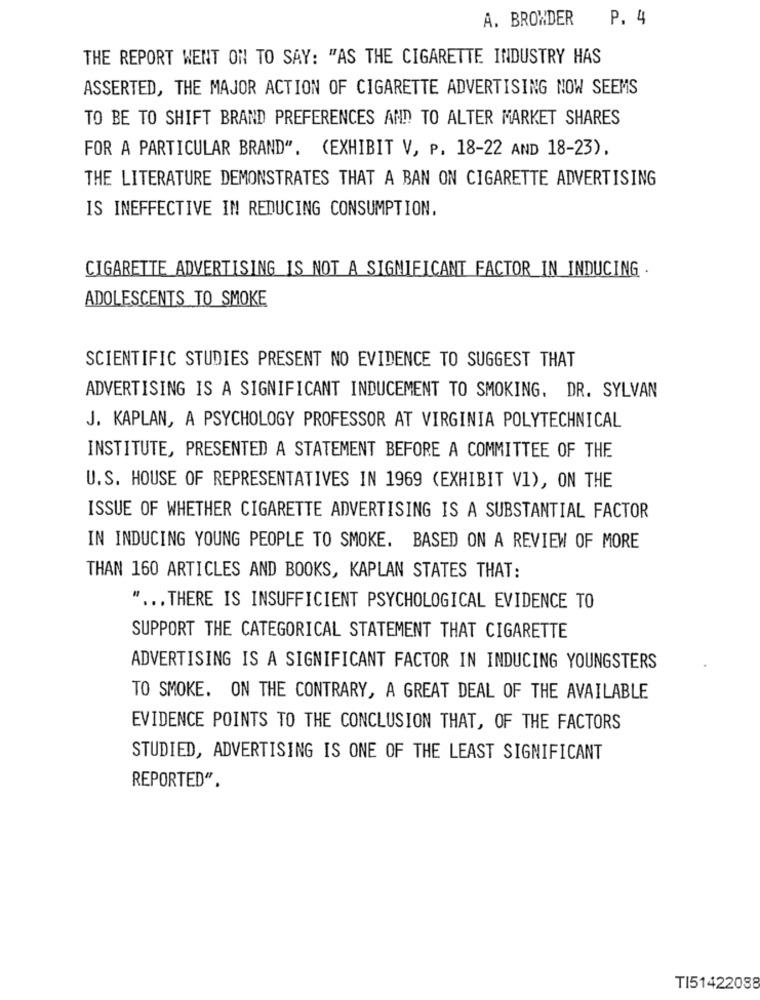
A. BROWDER
P. 4
THE REPORT WENT ON TO SAY: "AS THE CIGARETTE INDUSTRY HAS
ASSERTED, THE MAJOR ACTION OF CIGARETTE ADVERTISING NOW SEEMS
TO BE TO SHIFT BRAND PREFERENCES AND TO ALTER MARKET SHARES
FOR A PARTICULAR BRAND". (EXHIBIT V, P. 18-22 AND 18-23),
THE LITERATURE DEMONSTRATES THAT A BAN ON CIGARETTE ADVERTISING
IS INEFFECTIVE IN REDUCING CONSUMPTION.
CIGARETTE ADVERTISING IS NOT A SIGNIFICANT FACTOR IN INDUCING .
ADOLESCENTS TO SMOKE
SCIENTIFIC STUDIES PRESENT NO EVIDENCE TO SUGGEST THAT
ADVERTISING IS A SIGNIFICANT INDUCEMENT TO SMOKING. DR. SYLVAN
J. KAPLAN, A PSYCHOLOGY PROFESSOR AT VIRGINIA POLYTECHNICAL
INSTITUTE, PRESENTED A STATEMENT BEFORE A COMMITTEE OF THE
U.S. HOUSE OF REPRESENTATIVES IN 1969 (EXHIBIT VI), ON THE
ISSUE OF WHETHER CIGARETTE ADVERTISING IS A SUBSTANTIAL FACTOR
IN INDUCING YOUNG PEOPLE TO SMOKE. BASED ON A REVIEW OF MORE
THAN 160 ARTICLES AND BOOKS, KAPLAN STATES THAT:
" ... THERE IS INSUFFICIENT PSYCHOLOGICAL EVIDENCE TO
SUPPORT THE CATEGORICAL STATEMENT THAT CIGARETTE
ADVERTISING IS A SIGNIFICANT FACTOR IN INDUCING YOUNGSTERS
TO SMOKE. ON THE CONTRARY, A GREAT DEAL OF THE AVAILABLE
EVIDENCE POINTS TO THE CONCLUSION THAT, OF THE FACTORS
STUDIED, ADVERTISING IS ONE OF THE LEAST SIGNIFICANT
REPORTED".
TI51422088